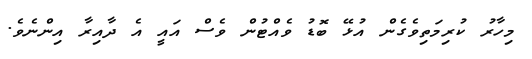
މިހާރު ކުރިމަތިވެގެން އުޅޭ ބޮޑު ވެއްޓުން ވެސް އައީ އެ ދާއިރާ އިންނެވެ.